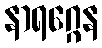
နာရဂ္ဂေန